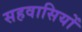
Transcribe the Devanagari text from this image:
सहवासियों